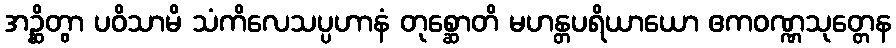
အဉ္ဆိတွာ ပဝိသာမိ သံကိလေသပ္ပဟာနံ တုစ္ဆောတိ မဟန္တပရိယာယော ဧကဝဏ္ဏသုတ္တေန